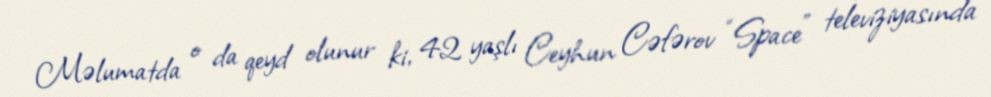
Məlumatda o da qeyd olunur ki, 42 yaşlı Ceyhun Cəfərov “Space” televiziyasında